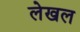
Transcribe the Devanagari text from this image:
लेखल